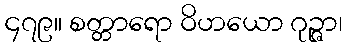
၄၇၉။ စတ္တာရော ဝိဟယော ဂုဉ္ဇာ၊